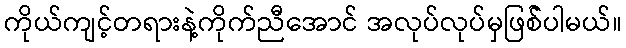
ကိုယ်ကျင့်တရားနဲ့ကိုက်ညီအောင် အလုပ်လုပ်မှဖြစ််ပါမယ်။